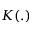
K ( . )